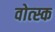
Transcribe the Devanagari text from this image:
वोत्स्क